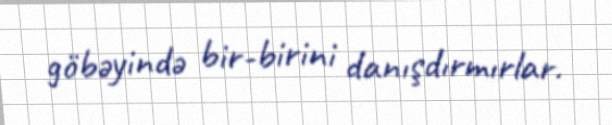
göbəyində bir-birini danışdırmırlar.